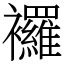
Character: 𧟌